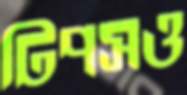
টিপসও